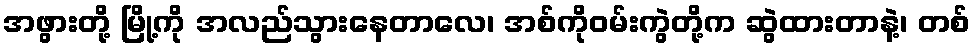
အဖွားတို့ မြို့ကို အလည်သွားနေတာလေ၊ အစ်ကိုဝမ်းကွဲတို့က ဆွဲထားတာနဲ့၊ တစ်